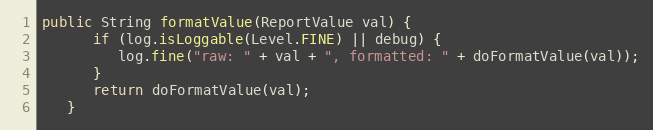
Language: Java
public String formatValue(ReportValue val) {
      if (log.isLoggable(Level.FINE) || debug) {
         log.fine("raw: " + val + ", formatted: " + doFormatValue(val));
      }
      return doFormatValue(val);
   }